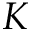
K